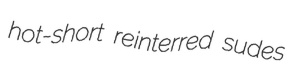
hot-short reinterred sudes